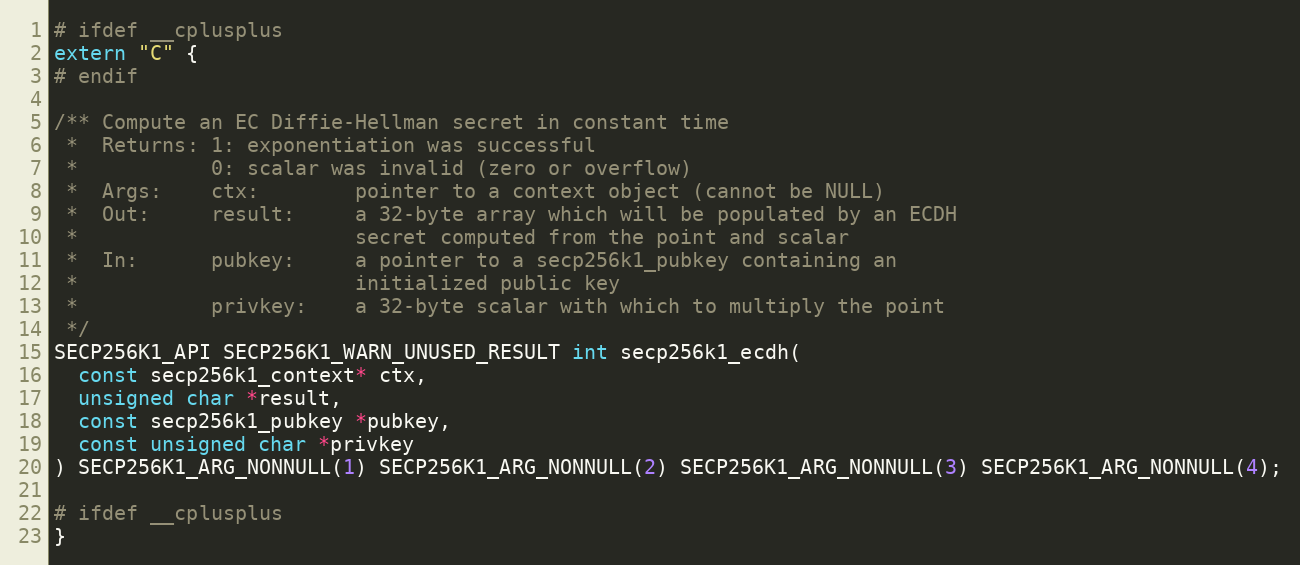
Language: C
# ifdef __cplusplus
extern "C" {
# endif

/** Compute an EC Diffie-Hellman secret in constant time
 *  Returns: 1: exponentiation was successful
 *           0: scalar was invalid (zero or overflow)
 *  Args:    ctx:        pointer to a context object (cannot be NULL)
 *  Out:     result:     a 32-byte array which will be populated by an ECDH
 *                       secret computed from the point and scalar
 *  In:      pubkey:     a pointer to a secp256k1_pubkey containing an
 *                       initialized public key
 *           privkey:    a 32-byte scalar with which to multiply the point
 */
SECP256K1_API SECP256K1_WARN_UNUSED_RESULT int secp256k1_ecdh(
  const secp256k1_context* ctx,
  unsigned char *result,
  const secp256k1_pubkey *pubkey,
  const unsigned char *privkey
) SECP256K1_ARG_NONNULL(1) SECP256K1_ARG_NONNULL(2) SECP256K1_ARG_NONNULL(3) SECP256K1_ARG_NONNULL(4);

# ifdef __cplusplus
}